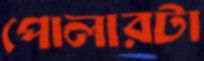
পোলারটা